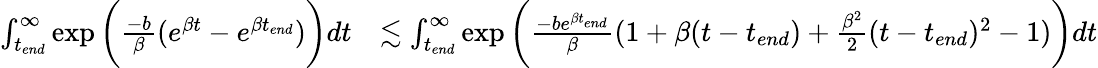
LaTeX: \begin{array}{rl}{\int_{t_{end}}^{\infty}\exp{\bigg(\frac{-b}{\beta}(e^{\beta t}-e^{\beta t_{end}})\bigg)}dt}&{\lesssim\int_{t_{end}}^{\infty}\exp{\bigg(\frac{-be^{\beta t_{end}}}{\beta}(1+\beta(t-t_{end})+\frac{\beta^{2}}{2}(t-t_{end})^{2}-1)\bigg)}dt}\end{array}